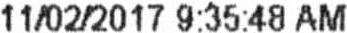
11/02/2017 9:35:48 AM